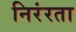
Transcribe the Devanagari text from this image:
निरंरता